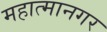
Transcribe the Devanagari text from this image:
महात्मानगर